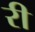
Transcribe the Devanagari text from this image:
रीं